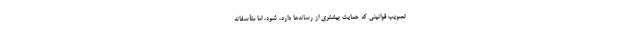
تصویب قوانینی که حمایت بیشتری از رسانه­‌ها دارد، شود، اما متأسفانه